King Institute of Preventive Medicine Micro-Biological Section reports 1909-11
Year: 1909
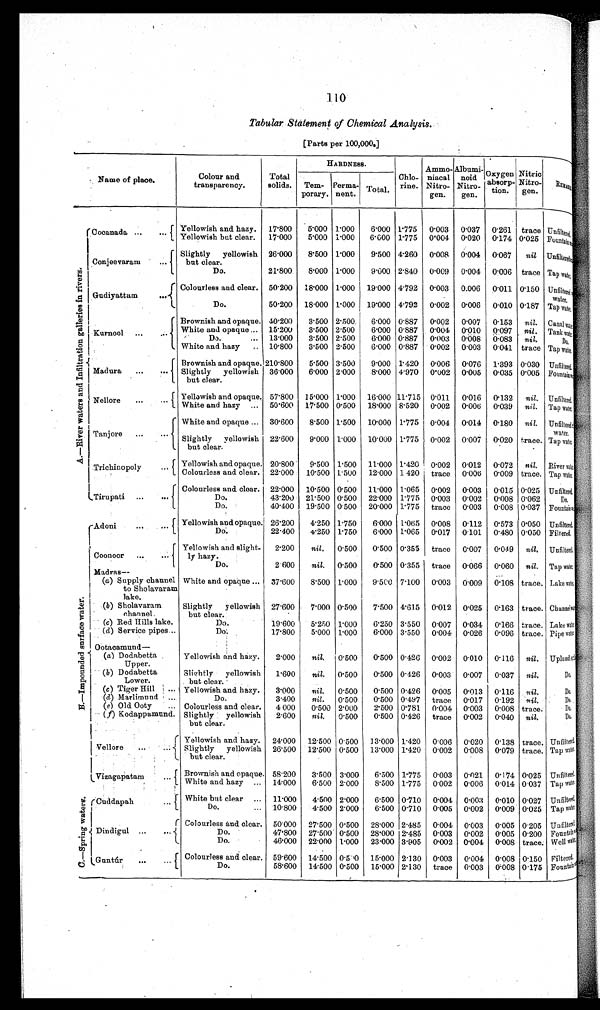
110
Tabular Statement of Chemical Analysis.
[Parts per 100,000.]
Name of place.
Colour and transparency. Total solids.
HARDNESS.
Chlorine.Ammo-niacal.Albuminoid.
Oxygen. absorp- tion. Nitric Nitro-gen.
R E M A R K S .
T e m - p o r a r y . Perma- ment.
T o t a l .
A — R i v e r w a t e r s a n d I n f i l t r a t i o n g a l l e r i e s i n r i v e r s .
Cocanada ...
...
Yellowish and hazy.
1 7 · 8 0 0
5 · 0 0 0
1 · 0 0 0
6·000
1·775
0 · 0 0 3
0 · 0 3 7
0·261 trace
u n f i l t e r e d .
Yellowish but clear.17·000
5 · 0 0 0
1 · 0 0 0
6 · 0 0 0
1·775 0·004 0·020 0·174 0·025
F o u n t a i n s
Conjeevaram
...
Slightly yellowish but clear. 26·000
8 · 5 0 0
1 · 0 0 0
9 · 5 0 0
4·260 0·008 0·004 0·067 nil
U n f i l t e r e d
Do.
21·800
8 · 0 0 0
1 · 0 0 0
9 · 0 0 0
2·840 0·009 0·004 0·006 trace
T a p w a t e r .
Gudiyattam ...
Colourless and clear.50·200
1 8 · 0 0 0
1 · 0 0 0
1 9 · 0 0 0
4·792 0·003 0·006 0·011 0·150
U n f i l t e r e d w a t e r .
Do.
50·200
1 8 · 0 0 0
1 · 0 0 0
1 9 · 0 0 0
4·792 0·002 0·006 0·010 0·187
T a p w a t e r .
Kurnool ...
Brownish and opaque.40·200
3·500
2 · 5 0 0
6 · 0 0 0
0·887 0·002 0·007 0·153 nil.
C a n a l w a t e r .
White and opaquw ... 15·200
3 · 5 0 0
2 · 5 0 0
6 · 0 0 0
0·887 0·004 0·010 0·097 nil.
T a n k w a t e r .
Do ...
13·000
3 · 5 0 0
2 · 5 0 0
6 · 0 0 0
0·887 0·003 0·008 0·083 nil.
D o .
Madura ... ...
White and hazy ..
10·800
3 · 5 0 0
2 · 5 0 0
6 · 0 0 0
0·887 0·002 0·003 0·041 trace
T a p w a t e r .
Brownish and opaque.210·800
5 · 5 0 0
3 · 5 0 0
9 · 0 0 0
1·420 0·006 0·076 1·393 0·030
U n f i l t e r e d .
Slightly yellowish but clear. 36·000
6 · 0 0 0
2 · 0 0 0
8 · 0 0 0
4·970 0·002 0·005 0·035 0·005
F o u n t a i n s
Nellore
...
...
Yellowish and opaque.57·800
1 5 · 0 0 0
1 · 0 0 0
1 6 · 0 0 0
11·7150·011 0·016 0·132 nil.
U n f i l t e r e d .
White and hazy ...
50·600
1 7 · 5 0 0
0 · 5 0 0
1 8 · 0 0 0
8·520 0·002 0·006 0·039 nil.
T a p w a t e r .
Tanjore
...
White and opaque ...30·600
8 · 5 0 0
1 · 5 0 0
1 0 · 0 0 0
1·775 0·004 0·014 0·180 nil.
U n f i l t e r e d w a t e r .
Slightly yellowish but clear. 22·600
9 · 0 0 0
1 · 0 0 0
1 0 · 0 0 0
1·775 0·002 0·007 0·020 trace.
T a p W a t e r .
Trichinopoly ...
Yellowish and opaque.20·800
9 · 5 0 0
1 · 5 0 0
1 1 · 0 0 0
1·420 0·002 0·012 0·072 nil.
R i v e r w a t e r .
Colourless and clear.22·000
1 0 · 5 0 0
1 · 5 0 0
1 2 · 0 0 0
1·420 trace 0·006 0·009 trace.
T a p w a t e r .
Tirupati ... ...
Colourless and clear.22·000
1 0 · 5 0 0
0 · 5 0 0
1 1 · 0 0 01·065
0·002 0·003 0·015 0·025
U n f i l t e r e d .
Do.
43·400
2 1 · 5 0 0
0 · 5 0 0
2 2 · 0 0 0
1·775 0·003 0·002 0·008 0·062
D o .
Do.
40·400
1 9 · 5 0 0
0 · 5 0 0
2 0 · 0 0 0
1·775 trace 0·003 0·008 0·037
F o u n t a i n s
B . — I m p o u n d e d s u r f a c e w a t e r .
Adoni
... ...
Yellowish and opaque.26·200
4 · 2 5 0
1 · 7 5 0
6 · 0 0 0
1·065 0·008 0·112 0·573 0·050
U n f i l t e r e d .
Do.
22·400
4 · 2 5 0
1 · 7 5 0
6 · 0 0 0
1·065 0·017 0·101 0·480 0·050
F i l t e r e d .
Coonoor ...
...
Yellowish and slight-ly hazy. 2·200
n i l .
0 · 5 0 0
0 · 5 0 0
0·355 trace 0·007 0·049 nil.
U n f i l t e r e d .
Do.
2·600
n i l .
0 · 5 0 0
0 · 5 0 0
0·355 trace 0·066 0·060 nil.
T a p w a t e r .
M ad ras
—
(a) S u p p l y c h a n n e l t o S h o l a v a r a m l a k e .
W h i t e a n d o p a q u e . . .
37·600
8 · 5 0 0
1 · 0 0 0
9 · 5 0 0
7·100 0·003 0·009 0·108 trace.
L a k e w a t e r .
(b) Sholavaram channel.
S l i g h t l y y e l l o w i s h b u t c l e a r .27·600
7 · 0 0 0
0 · 5 0 0
7 · 5 0 0
4·615 0·012 0·025 0·163 trace.
C h a n n e l w a t e r .
(c) Red Hills lake.
D o .
19·600
5 · 2 5 0
1 · 0 0 0
6 · 2 5 0
3·550 0·007 0·034 0·166 trace.
L a k e w a t e r .
(d) Service pipes ..
D o .
17·800
5 · 0 0 0
1 · 0 0 0
6 · 0 0 0
3·550 0·004 0·026 0·096 trace.
P i p e w a t e r .
Ootacamund
—
(a) Dodabetta Upper.
Y e l l o w i s h a n d h a z y .
2·000
nil.
0 · 5 0 0
0 · 5 0 0
0·426 0·002 0·010 0·116 nil.
U p l a n d
(b) Dodabetta Lower.
S l i g h t l y y e l l o w i s h b u t c l e a r .1·600
n i l .
0 · 5 0 0
0 · 5 0 0
0·426 0·003 0·007 0·037 nil.
D o .
(c) Tiger Hill ...
Y e l l o w i s h a n d h a z y .
3·000
n i l .
0 · 5 0 0
0 · 5 0 0
0·426 0·005 0·013 0·116 nil.
D o .
(d) Marlimund ...
D o .
3·400
n i l .
0 · 5 0 0
0 · 5 0 0
0·497 trace 0·017 0·192 nil.
D o .
(e) Old Ooty ...
C o l o u r l e s s a n d c l e a r .
4000
0 · 5 0 0
2 · 0 0 0
2 · 5 0 0
0·781 0·004 0·003 0·008 trace.
D o .
(f). Kodappamund.
S l i g h t l y y e l l o w i s h b u t c l e a r .
2·600
n i l .
0 · 5 0 0
0 · 5 0 0
0·426 trace 0·002 0·040 nil.
D o .
V e l l o r e . . . . . .
Y e l l o w i s h a n d h a z y .
24·000
1 2 · 5 0 0
0 · 5 0 0
1 3 · 0 0 0
1·420 0·006 0·020 0·138 trace.
U n f i l t e r e d
S l i g h t l y y e l l o w i s h b u t c l e a r .26·500
1 2 · 5 0 0
0 · 5 0 0
1 3 · 0 0 0
1·420 0·002 0·008 0·079 trace.
T a p w a t e r
Vizagapatam
...
Brownish and opaque.58·200
3 · 5 0 0
3 · 0 0 0
6 · 5 0 0
1·775 0·003 0·021 0·174 0·025
U n f i l t e r e d .
White and hazy ...14·000
6 · 5 0 0
2 · 0 0 0
8 · 5 0 0
1·775 0·002 0·006 0·014 0·037
T a p w a t e r .
C . — S p r i n g w a t e r s .
C u d d a p a h . . . White but clear ...
11·000
4 · 5 0 0
2 · 0 0 0
6 · 5 0 0
0·710 0·004 0·003 0·010 0·027
U n f i l t e r e d .
Do ...
10·800
4 · 5 0 0
2 · 0 0 0
6 · 5 0 0
0·710 0·005 0·002 0·009 0·025
T a p w a t e r .
Dindigual ... ...
Colourless and clear.50·000
2 7 · 5 0 0
0 · 5 0 0
2 8 · 0 0 0
2·485 0·004 0·003 0·005 0·205
U n f i l t e r e d .
Do.
47·800
2 7 · 5 0 0
0 · 5 0 0
2 8 · 0 0 0
2·485 0·003 0·002 0·005 0·200
F o u n t a i n s
Do.
46·000
2 2 · 0 0 0
1 · 0 0 0
2 3 · 0 0 0
3·905 0·002 0·004 0·008 trace.
W e l l w a t e r .
Gu ntúr
...
Colourless and clear.59·600
1 4 · 5 0 0
0 · 5 0 0
1 5 · 0 0 0
2·130 0·003 0·004 0·008 0·150
F i l t e r e d .
Do.
58·600
1 4 · 5 0 0
0 · 5 0 0
1 5 · 0 0
2·130 trace 0·003 0·008 0·175
F o u n t a i n s